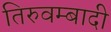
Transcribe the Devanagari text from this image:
तिरुवम्बादी